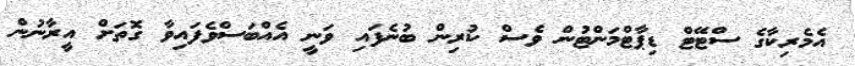
އެމެރިކާގެ ސްޓޭޓް ޑިޕާޓްމަންޓުން ވެސް ކުރިން ބުނެފައި ވަނީ އެއްބަސްވެފައިވާ ގޮތަށް އީރާނުން